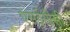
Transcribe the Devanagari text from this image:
एसईसीसी